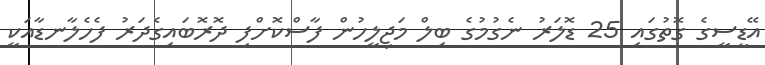
އޭޑީސީގެ ގޮތުގައި 25 ޑޮލަރު ނެގުމުގެ ބިލް މަޖިލީހުން ފާސްކޮށްފި ދޮރޮބައިގެދަރު ފެހެލާނޑާއަކީ